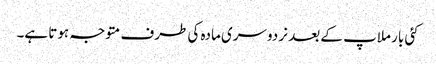
کئی بار ملاپ کے بعد نر دوسری مادہ کی طرف متوجہ ہوتا ہے۔